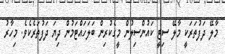
މާލޭ ދަފުތަރަކީ މާލޭ ސިޓީ ކައުންސިލުން މީގެކުރިން ބަލަހައްޓަމުން ދިޔަ ދަފުތަރެކެވެ. މިހާރު